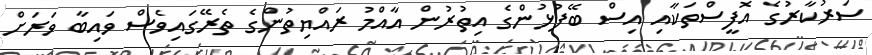
ސަރުކާރުގެ އޮފީސްތަކާއި އިސް ބޭފުޅުންގެ އިތުރުން އާއްމު ރައްޔިތުންގެ ތެރޭގައިވެސް ވައިބާ ވަރަށް